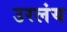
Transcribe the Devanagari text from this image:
उरलंय